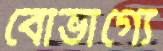
বৌভাগ্যে